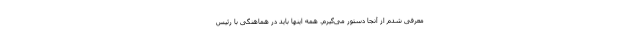
معرفی شدم از آنجا دستور می‌گیرم. همه اینها باید در هماهنگی با رئیس